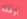
اوقفه